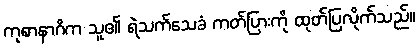
ကုစာနာဂိက သူ၏ ရဲသက်သေခံ ကတ်ပြားကို ထုတ်ပြလိုက်သည်။